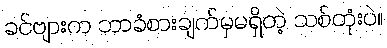
ခင်ဗျားက ဘာခံစားချက်မှမရှိတဲ့ သစ်တုံးပဲ။